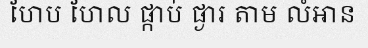
ហែប ហែល ផ្កាប់ ផ្ងារ តាម លំអាន